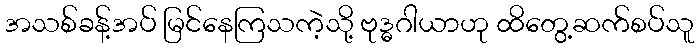
အသစ်ခန့်အပ် မြင်နေကြသကဲ့သို့ ဗုဒ္ဓဂါယာဟု ထိတွေ့ဆက်စပ်သူ